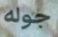
جوله